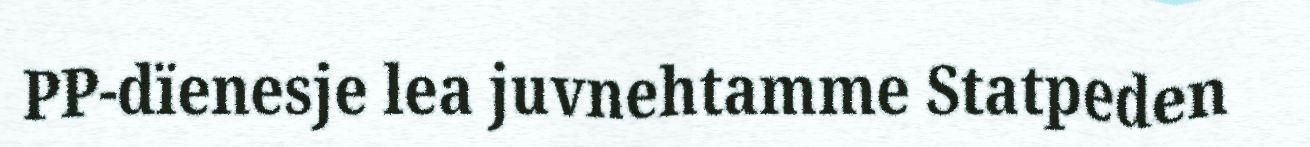
PP-dïenesje lea juvnehtamme Statpeden